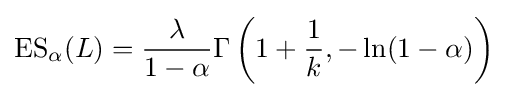
\operatorname {ES} _{\alpha }(L)={\frac {\lambda }{1-\alpha }}\Gamma \left(1+{\frac {1}{k}},-\ln(1-\alpha )\right)